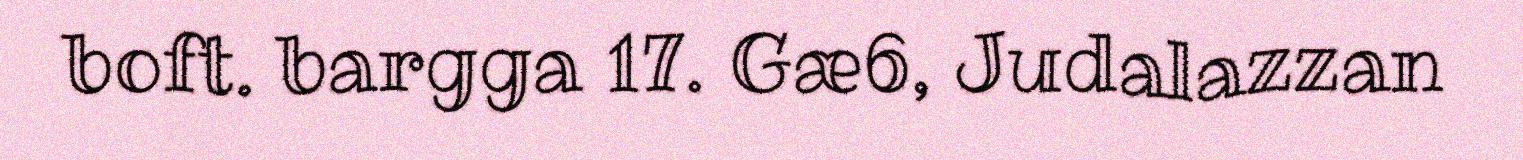
boft. bargga 17. Gæ6, Judalazzan